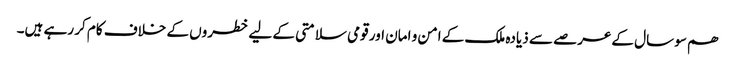
ھم سو سال کےعرصے سے ذیادہ ملک کے امن و امان اور قومی سلامتی کے لیے خطروں کے خلاف کام کر رہے ہیں۔